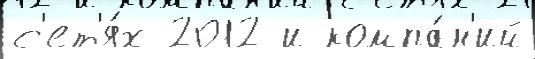
с'ет'я́х 2012 и компа́н'ий